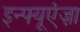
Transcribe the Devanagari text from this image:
इन्फ्यूएंज़ा